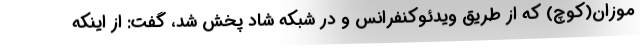
موزان(کوچ) که از طریق ویدئوکنفرانس و در شبکه شاد پخش شد، گفت: از اینکه